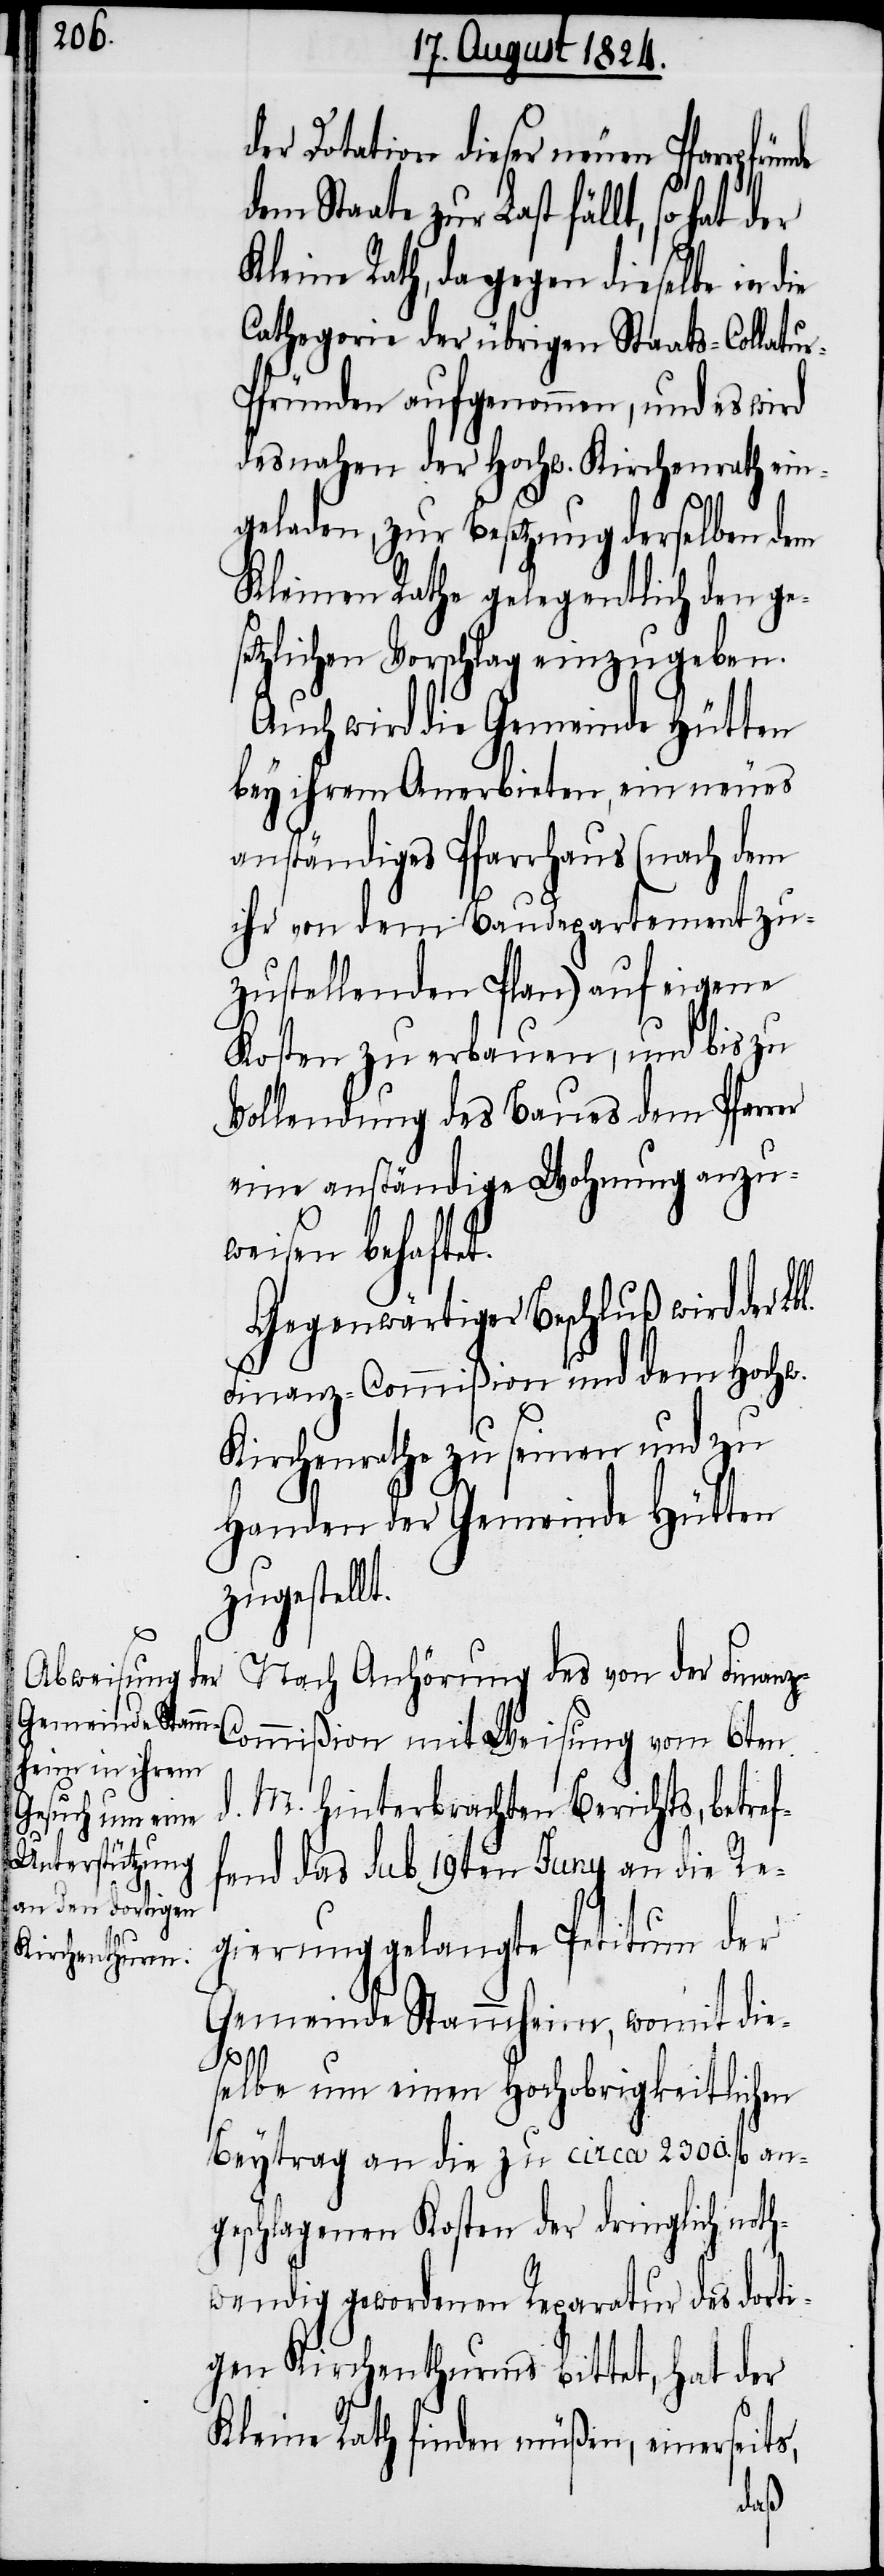
d.

der Dotation dieser neuen Pfarrpfr¬
dem Staate zur Last fällt, so hat
Kleine Rath, dagegen dieselbe in die
Cathegorie der übrigen Staats-Collatu¬
fründen aufgenommen, und es wird
desnahen der Hochw. Kirchenrath ein¬
geladen, zur Besetzung derselben dem
Kleinen Rathe gelegentlich den ges¬
etzlichen Vorschlag einzugeben.
Auch wird die Gemeinde Hütten
bey ihrem Anerbieten, ein neues
anständiges Pfarrhaus (nach dem
ihr von dem Baudepartement zu¬
zustellenden Plan) auf eigene
Kosten zu erbauen, und bis zu
Vollendung des Baues dem Pfarrer
eine anständige Wohnung anzu¬
weisen behaftet.
Gegenwärtiger Beschluß wird der
Finanz-Commißion und dem Hochw.
Kirchenrathe zu seinen und zu
Handen der Gemeinde Hütten
zugestellt.
Nach Anhörung des von der Finan¬
ommißion mit Weisung vom 6ten
M. hinterbrachten Berichts, betref¬
fend das sub 19ten Juny an die Re¬
gierung gelangte Petitum der
Gemeinde Stammheim, womit die¬
selbe um einen Hochobrigkeitlichen
Beytrag an die zu circa 2300. fl an¬
geschlagenen Kosten der dringlich noth¬
wendig gewordenen Reparatur des dorti¬
gen Kirchenthurms bittet, hat der
Kleine Rath finden müßen, einerseits,